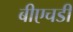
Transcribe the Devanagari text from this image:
बीएचडी